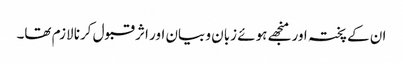
ان کے پختہ اور منجھے ہوئے زبان و بیان اور اثر قبول کرنا لازم تھا۔